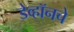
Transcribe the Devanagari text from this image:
डेव्हॉनचे